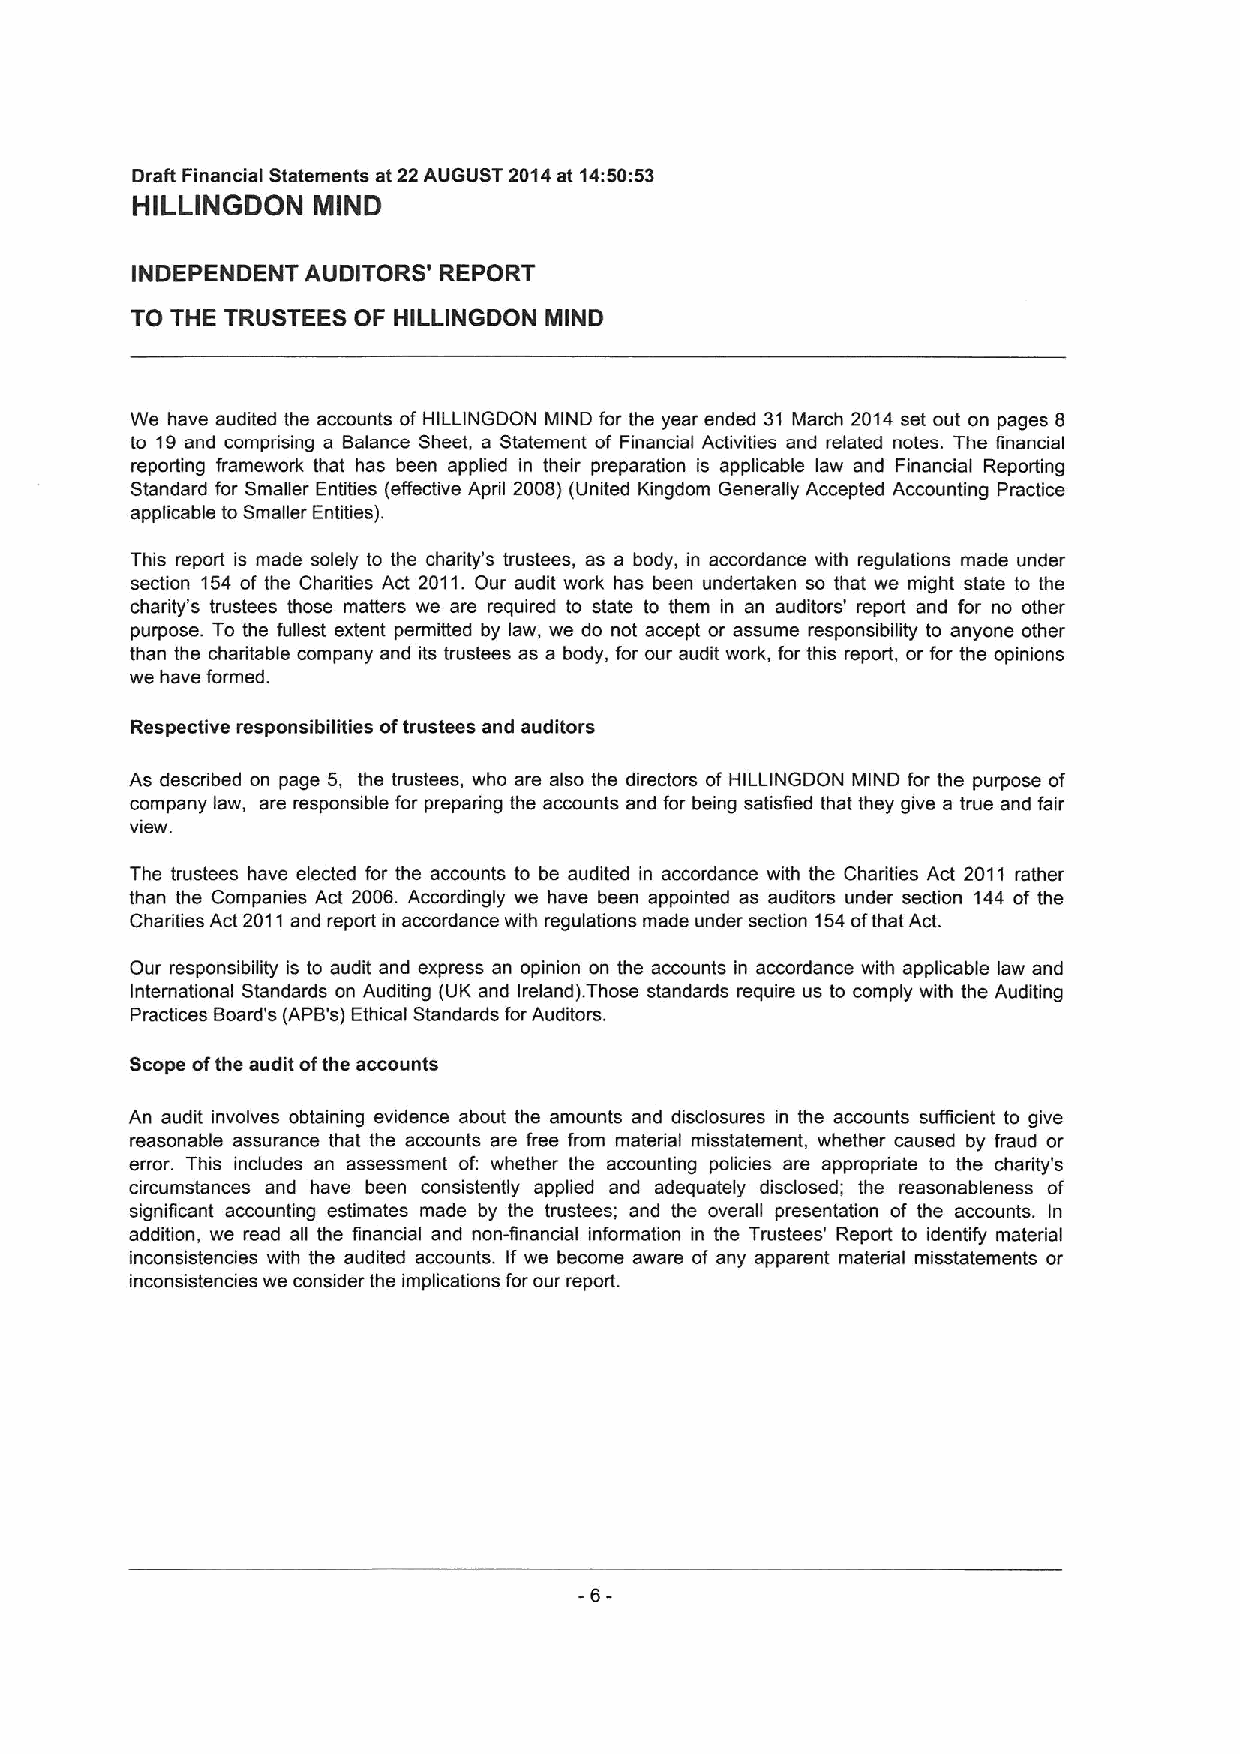
Draft Financial Statements at 22AUGUST 2014at 14:50:53
 HILLINGDON  MIND
 INDEPENDENT AUDITORS' REPORT
 TO THE TRUSTEES OF HILLINGDON MIND
 We have audited the accounts of HILLINGDON MIND for the year ended 31 March 2014 set out on pages 8
 to 19and comprising a Balance Sheet, a Statement of Financial Activities and related notes. The financial
 reporting framework that has been applied in their preparation is applicable law and Financial Reporting
 Standard for Smaller Entities (effective April 2008) (United Kingdom Generally Accepted Accounting Practice
 applicable to Smaller Entities).
 This report is made solely to the charity's trustees, as a body, in accordance with regulations made under
 section 154 of the Charities Act 2011.Our audit work has been undertaken so that we might state to the
 charity's trustees those matters we are required to state to them in an auditors' report and for no other
 purpose. To the fullest extent permitted by law, we do not accept or assume responsibility to anyone other
 than the charitable company and its trustees as a body, for our audit work, for this report, or for the opinions
 we have formed.
 Respective responsibilities oftrustees and auditors
 As described on page 5, the trustees, who are also the directors of HILLINGDON MIND for the purpose of
 company law, are responsible for preparing the accounts and for being satisfied that they give a true and fair
 view.
 The trustees have elected for the accounts to be audited in accordance with the Charities Act 2011 rather
 than the Companies Act 2006. Accordingly we have been appointed as auditors under section 144 of the
 Charities Act 2011and report in accordance with regulations made under section 154ofthat Act.
 Our responsibility is to audit and express an opinion on the accounts in accordance with applicable law and
 International Standards on Auditing (UK and Ireland). Those standards require us to comply with the Auditing
 Practices Board's (APB's) Ethical Standards for Auditors.
 Scope ofthe audit ofthe accounts
 An audit involves obtaining evidence about the amounts and disclosures in the accounts sufficient to give
 reasonable assurance that the accounts are free from material misstatement, whether caused by fraud or
 error. This includes an assessment of: whether the accounting policies are appropriate to the charity's
 circumstances and have been consistently applied and adequately disclosed; the reasonableness of
 significant accounting estimates made by the trustees; and the overall presentation of the accounts. In
 addition, we read afi the financial and non-financial information in the Trustees' Report to identify material
 inconsistencies with the audited accounts. If we become aware of any apparent material misstatements or
 inconsistencies we consider the implications for our report.